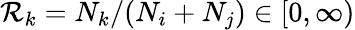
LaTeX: \mathcal{R}_{k}=N_{k}/(N_{i}+N_{j})\in[0,\infty)